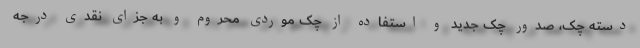
دسته چک، صدور چک جدید و استفاده از چک موردی محروم و به جزای نقدی درجه